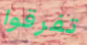
تفرقوا